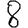
Digit: 8